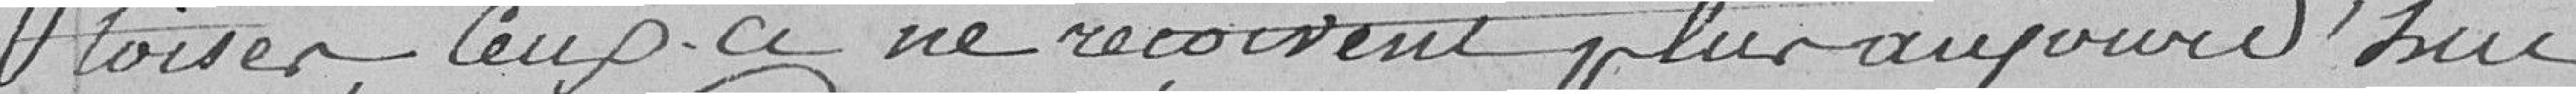
toises. Ceux-ci ne reçoivent plus aujourd'hui